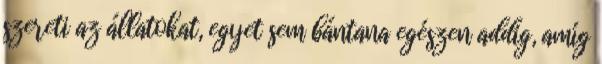
szereti az állatokat, egyet sem bántana egészen addig, amíg